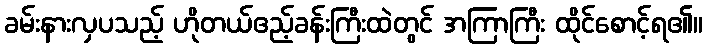
ခမ်းနားလှပသည့် ဟိုတယ်ဧည့်ခန်းကြီးထဲတွင် အကြာကြီး ထိုင်စောင့်ရ၏။